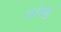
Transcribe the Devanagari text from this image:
मान्टेस्क्यू